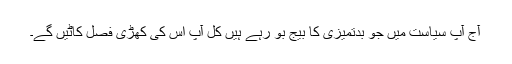
آج آپ سیاست میں جو بدتمیزی کا بیج بو رہے ہیں کل آپ اس کی کھڑی فصل کاٹیں گے۔